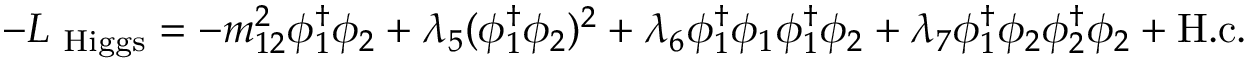
- { \cal L } _ { \mathrm { \small ~ H i g g s } } = - m _ { 1 2 } ^ { 2 } \phi _ { 1 } ^ { \dagger } \phi _ { 2 } + \lambda _ { 5 } ( \phi _ { 1 } ^ { \dagger } \phi _ { 2 } ) ^ { 2 } + \lambda _ { 6 } \phi _ { 1 } ^ { \dagger } \phi _ { 1 } \phi _ { 1 } ^ { \dagger } \phi _ { 2 } + \lambda _ { 7 } \phi _ { 1 } ^ { \dagger } \phi _ { 2 } \phi _ { 2 } ^ { \dagger } \phi _ { 2 } + \mathrm { H . c . }